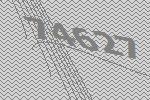
74627